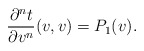
\begin{align*} \frac{\partial^nt}{\partial v^n}(v,v)=P_1(v).\end{align*}